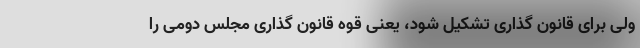
ولی برای قانون گذاری تشکیل شود، یعنی قوه قانون گذاری مجلس دومی را